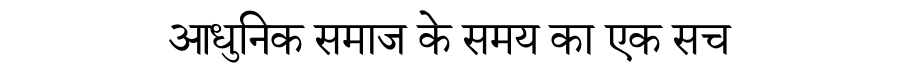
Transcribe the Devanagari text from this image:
आधुनिक समाज के समय का एक सच